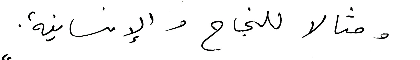
ومثالا للنجاج والإنسانية.